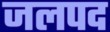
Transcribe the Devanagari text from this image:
जलपद